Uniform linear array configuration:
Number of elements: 12
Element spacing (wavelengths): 0.25
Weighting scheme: blackman
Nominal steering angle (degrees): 0
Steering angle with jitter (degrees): -1.591
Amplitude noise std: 0.05
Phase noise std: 0.05

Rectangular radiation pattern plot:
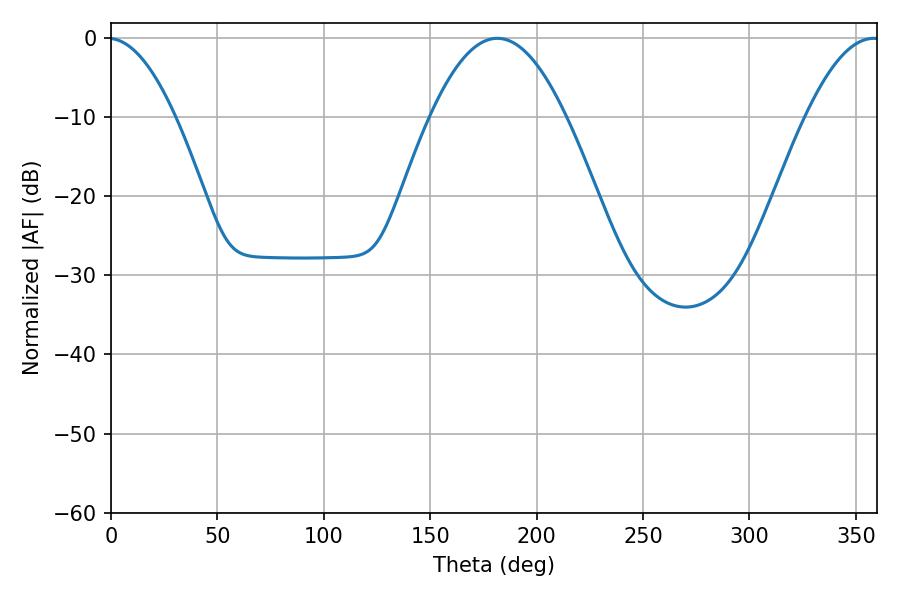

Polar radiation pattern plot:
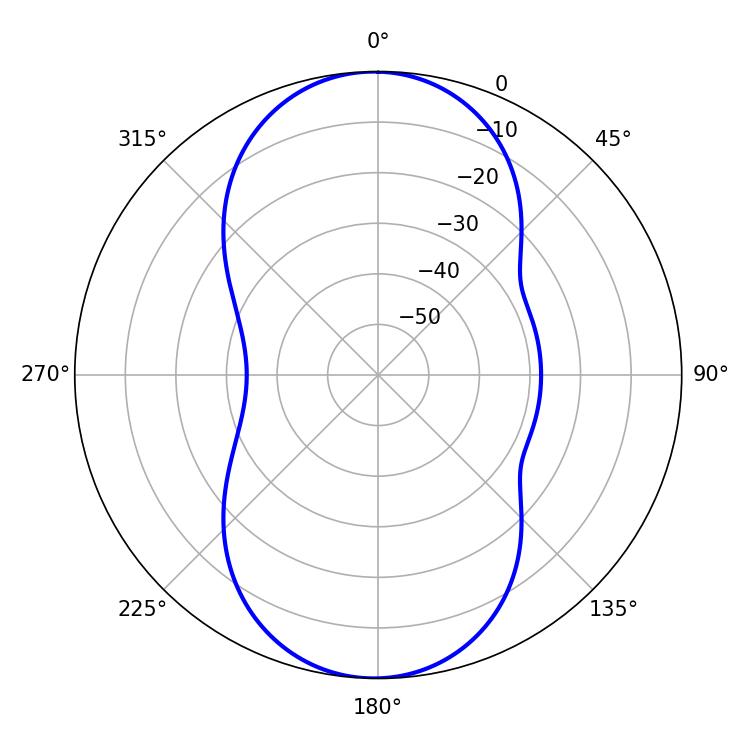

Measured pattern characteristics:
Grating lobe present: FALSE
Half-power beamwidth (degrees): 34.92
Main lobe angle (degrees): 181.62